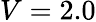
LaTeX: V=2.0